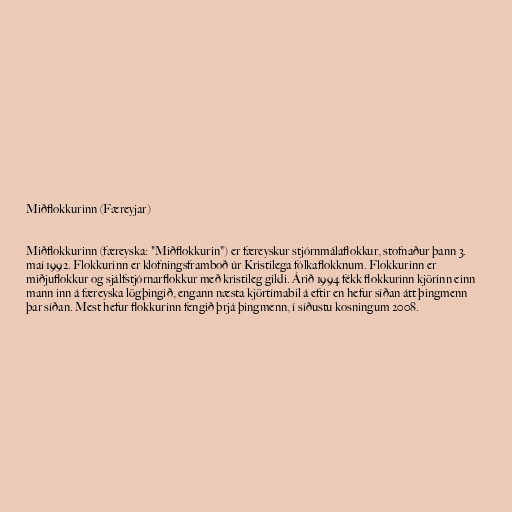
Miðflokkurinn (Færeyjar)

Miðflokkurinn (færeyska: "Miðflokkurin") er færeyskur stjórnmálaflokkur, stofnaður þann 3.
maí 1992. Flokkurinn er klofningsframboð úr Kristilega fólkaflokknum. Flokkurinn er
miðjuflokkur og sjálfstjórnarflokkur með kristileg gildi. Árið 1994 fékk flokkurinn kjörinn einn
mann inn á færeyska lögþingið, engann næsta kjörtímabil á eftir en hefur síðan átt þingmenn
þar síðan. Mest hefur flokkurinn fengið þrjá þingmenn, í síðustu kosningum 2008.